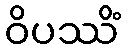
ဝိပဿိံ